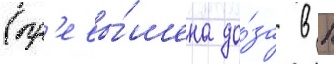
(пр'евы́шена до́за в 1